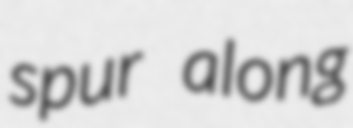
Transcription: spur along